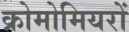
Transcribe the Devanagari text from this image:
क्रोमोमियरों